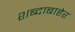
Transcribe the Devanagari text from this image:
शब्दाबाहेर